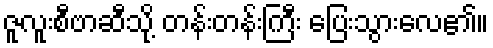
ဇူလူးစီဗာဆီသို့ တန်းတန်းကြီး ပြေးသွားလေ၏။